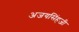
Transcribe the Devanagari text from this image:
अजयसिंहजी